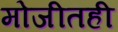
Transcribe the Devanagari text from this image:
मोजीतही